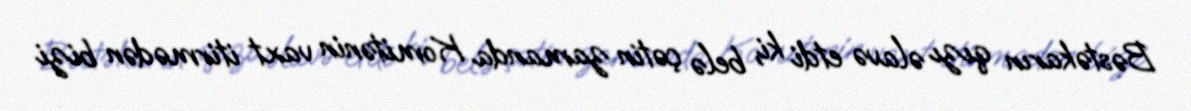
Bəstəkarın qızı əlavə etdi ki, belə çətin zamanda Komitənin vaxt itirmədən bizi